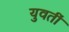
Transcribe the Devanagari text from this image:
युवतीं